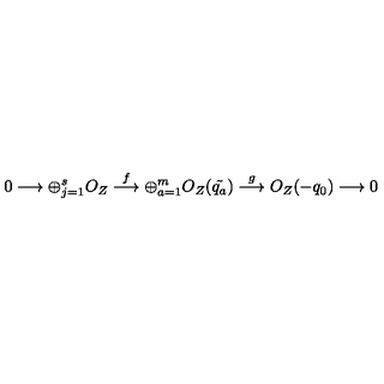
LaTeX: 0 \longrightarrow \oplus _ { j = 1 } ^ { s } { O _ { Z } } \stackrel { f } { \longrightarrow } \oplus _ { a = 1 } ^ { m } { O _ { Z } ( \tilde { q _ { a } } ) } \stackrel { g } { \longrightarrow } O _ { Z } ( - q _ { 0 } ) \longrightarrow 0